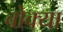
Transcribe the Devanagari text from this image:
बोक्या